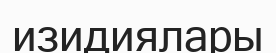
изидиялары